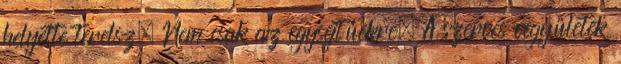
helyette terelsz. Nem csak az egysejtűekre. A szerves vegyületek